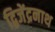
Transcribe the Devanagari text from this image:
द्विजेंद्रनाथ